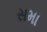
સમા